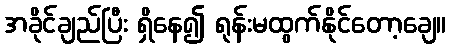
အခိုင်ချည်ပြီး ရှိနေ၍ ရုန်းမထွက်နိုင်တော့ချေ။